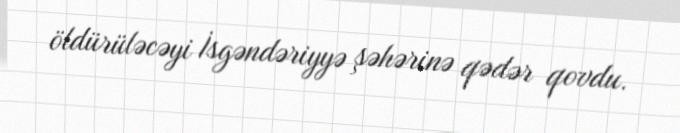
öldürüləcəyi İsgəndəriyyə şəhərinə qədər qovdu.